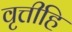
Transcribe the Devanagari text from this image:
वृत्तीहि